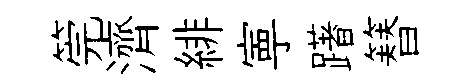
筦濟緋寕躇簮